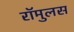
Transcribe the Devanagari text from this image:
रॉमुलस